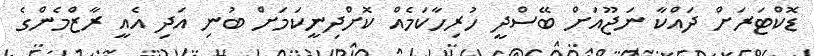
ޑޮކްޓަރަށް ދައްކާ ނަޖޫއަށް ބޭސްދީ ހުރިހާކަމެއް ކޮށްދިނީކަމަށް ބުނި އަދި އެއީ ރާޒްމެންގެ